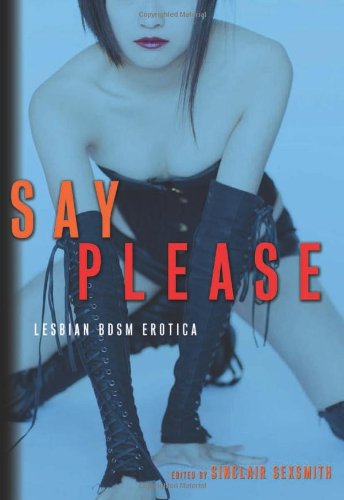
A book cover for Say Please: Lesbian BDSM Erotica; Romance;